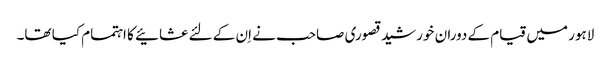
لاہور میں قیام کے دوران خورشید قصوری صاحب نے اِن کے لئے عشائیے کا اہتمام کیا تھا۔